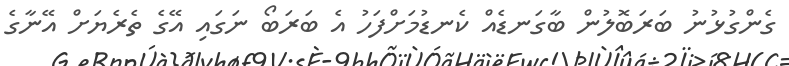
ގެންގުޅުނު ބަރަބޮލުން ބާގަނޑެއް ކެނޑުމަށްފަހު އެ ބަރަބޯ ނަގައި އޭގެ ތެރެޔަށް އޭނާގެ